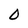
Character: D